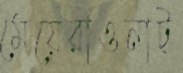
মেয়েরাওনাট্